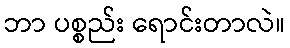
ဘာ ပစ္စည်း ရောင်းတာလဲ။